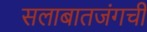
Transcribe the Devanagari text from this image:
सलाबातजंगची